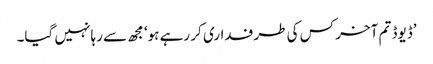
’ڈیوڈ تم آخر کس کی طرفداری کر رہے ہو‘ مجھ سے رہا نہیں گیا۔